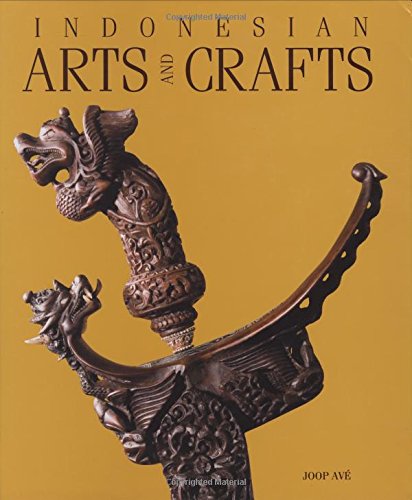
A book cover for Indonesian Arts and Crafts; Joop Ave; Crafts, Hobbies & Home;